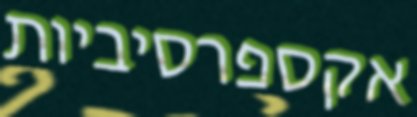
אקספרסיביות